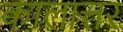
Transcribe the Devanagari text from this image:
कालात्तर